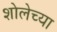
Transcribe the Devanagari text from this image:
शोलेच्या